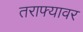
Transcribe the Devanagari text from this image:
तराफ्यावर